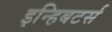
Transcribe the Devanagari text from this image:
इन्हिबटर्स